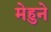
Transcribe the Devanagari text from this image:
मेहुने